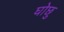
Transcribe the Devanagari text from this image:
घोछु